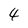
Character: 4